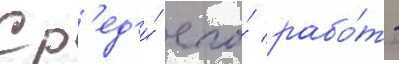
Ср'ед'и́ его́ рабо́т -